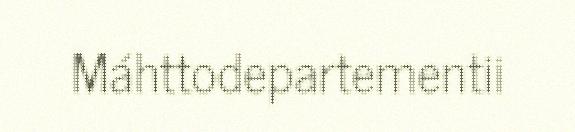
Máhttodepartementii